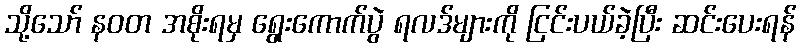
သို့သော် နဝတ အစိုးရမှ ရွေးကောက်ပွဲ ရလဒ်များကို ငြင်းပယ်ခဲ့ပြီး ဆင်းပေးရန်